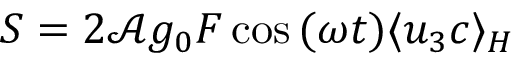
S = 2 \mathcal { A } g _ { 0 } F \cos { ( \omega t ) } \langle u _ { 3 } c \rangle _ { H }